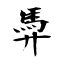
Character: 馵